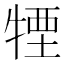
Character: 𤚕